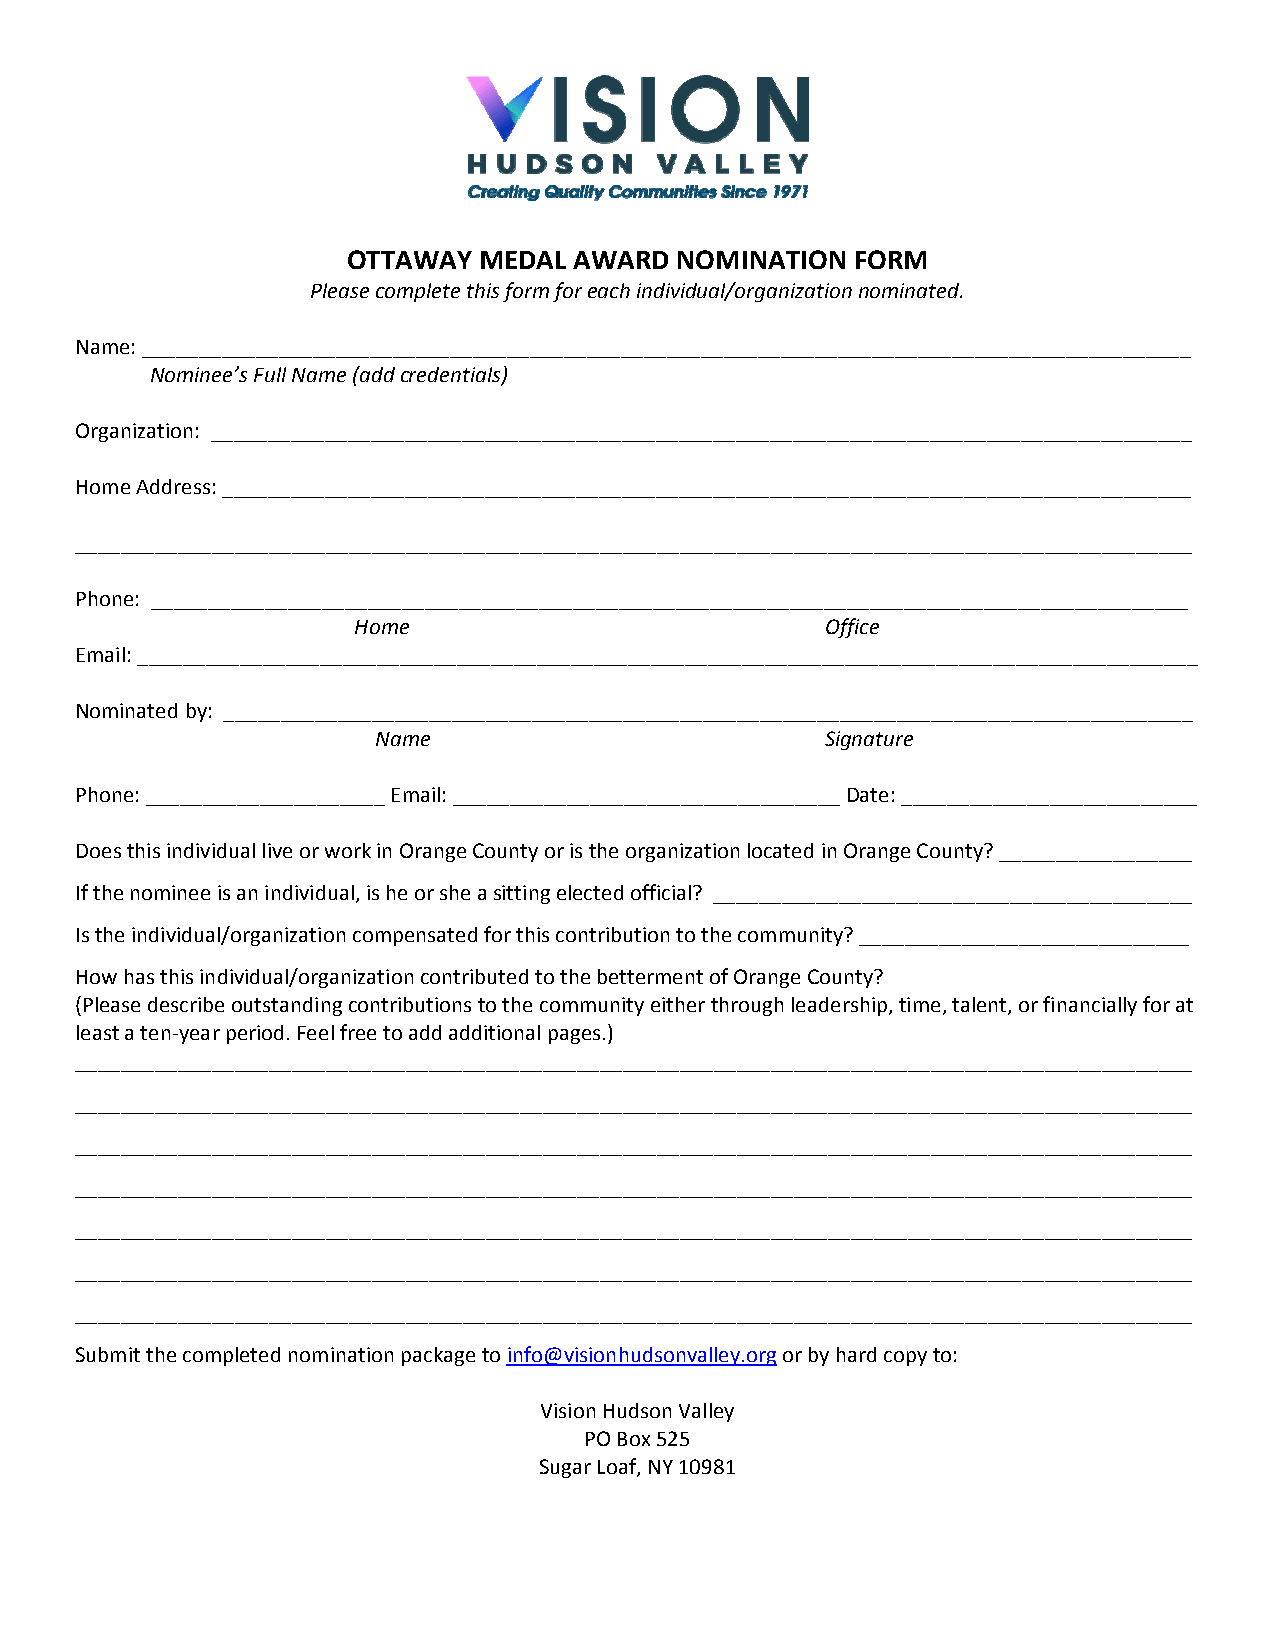
OTTAWAY  MEDAL AWARD  NOMINATION  FORM
 Please complete this form for each individual/organization nominated.
 Name: ____________________________________________________________________________________________
 Nominee’s Full Name (add credentials)
 Organization: ______________________________________________________________________________________
 Home Address: _____________________________________________________________________________________
 __________________________________________________________________________________________________
 Phone: ___________________________________________________________________________________________
 Home                            Office
 Email: _____________________________________________________________________________________________
 Nominated by: _____________________________________________________________________________________
 Name                          Signature
 Phone: _____________________ Email: __________________________________ Date: __________________________
 Does this individual live or work in Orange County or is the organization located in Orange County? _________________
 If the nominee is an individual, is he or she a sitting elected official? __________________________________________
 Is the individual/organization compensated for this contribution to the community? _____________________________
 How has this individual/organization contributed to the betterment of Orange County?
 (Please describe outstanding contributions to the community either through leadership, time, talent, or financially for at
 least a ten‐year period. Feel free to add additional pages.)
 __________________________________________________________________________________________________
 __________________________________________________________________________________________________
 __________________________________________________________________________________________________
 __________________________________________________________________________________________________
 __________________________________________________________________________________________________
 __________________________________________________________________________________________________
 __________________________________________________________________________________________________
 Submit the completed nomination package to info@visionhudsonvalley.org or by hard copy to:
 Vision Hudson Valley
 PO Box 525
 Sugar Loaf, NY 10981